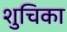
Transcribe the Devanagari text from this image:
शुचिका